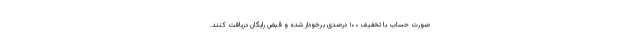
صورت حساب با تخفیف ۱۰۰ درصدی برخودار شده و قبض رایگان دریافت کنند.